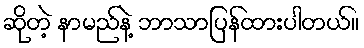
ဆိုတဲ့ နာမည်နဲ့ ဘာသာပြန်ထားပါတယ်။